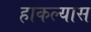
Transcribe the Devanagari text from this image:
हाकल्यास